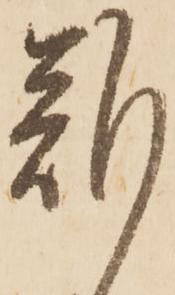
難